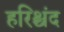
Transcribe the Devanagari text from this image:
हरिश्चंद